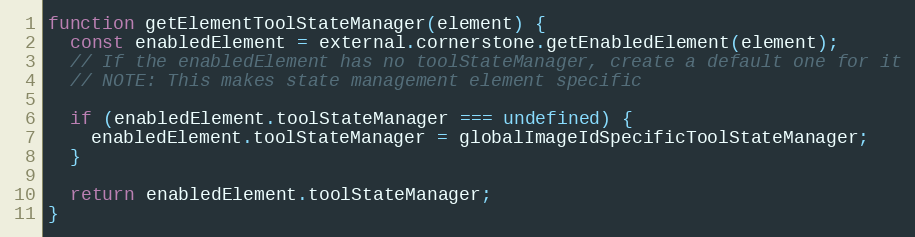
Language: JavaScript
function getElementToolStateManager(element) {
  const enabledElement = external.cornerstone.getEnabledElement(element);
  // If the enabledElement has no toolStateManager, create a default one for it
  // NOTE: This makes state management element specific

  if (enabledElement.toolStateManager === undefined) {
    enabledElement.toolStateManager = globalImageIdSpecificToolStateManager;
  }

  return enabledElement.toolStateManager;
}